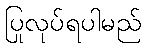
ပြုလုပ်ရပါမည်